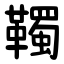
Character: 䪅